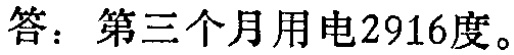
答：第三个月用电2916度。